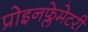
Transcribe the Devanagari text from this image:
प्रोइनफ्लेमेटरी